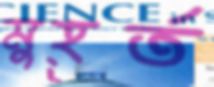
মুহূর্ত